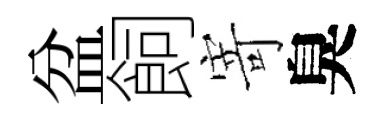
盆飼寄臭